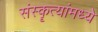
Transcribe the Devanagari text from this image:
संस्कॄत्यांमध्ये